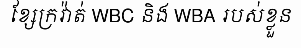
ខ្សែក្រវ៉ាត់ WBC និង WBA របស់ខ្លួន